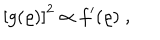
LaTeX: \left[ g ( \varrho ) \right] ^ { 2 } \propto f ^ { \prime } ( \varrho ) \; ,